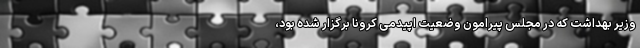
وزیر بهداشت که در مجلس پیرامون وضعیت اپیدمی کرونا برگزار شده بود،